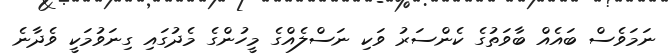
ނަމަވެސް ބައެއް ބާވަތުގެ ކެންސަރު ވަކި ނަސްލެއްގެ މީހުންގެ މެދުގައި ގިނަވުމަކީ ވެދާނެ